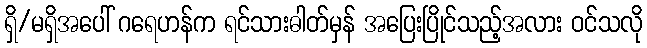
ရှိ/မရှိအပေါ် ဂရေဟန်က ရင်သားဓါတ်မှန် အပြေးပြိုင်သည့်အလား ဝင်သလို